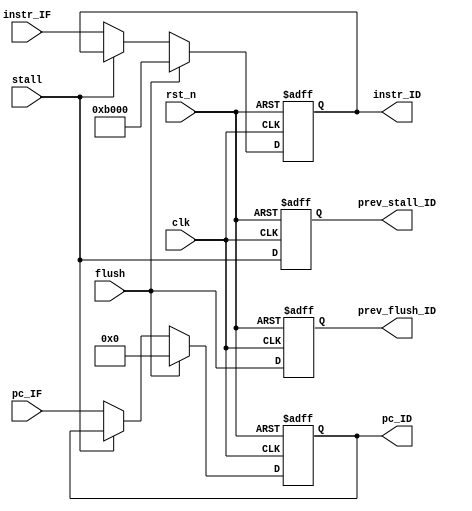
module IF_ID_FF(
	instr_ID, pc_ID, prev_flush_ID, prev_stall_ID, 
	instr_IF, pc_IF, stall, rst_n, clk, flush);

	// Inputs
	input wire [15:0] instr_IF, pc_IF;
	input wire stall, rst_n, clk, flush;	

	// Outputs
	output reg [15:0] instr_ID, pc_ID;
	output reg prev_flush_ID, prev_stall_ID;
	
	// Local wires
	wire [15:0] next_instr, next_pc;
	
	// Sequential Logic
	always@(posedge clk, negedge rst_n)begin
		if (~rst_n) begin
			instr_ID <= 16'hB000;
			pc_ID <= 16'h0000;
			prev_flush_ID <= 1'b0;
			prev_stall_ID <= 1'b0;
			//$display("%g Reset Happened.  If a branch was taken or global reset, then this is correct.  If the branch was not taken, then this is a glitch!!!", $time);
		end
		else begin
			instr_ID <= next_instr;
			pc_ID <= next_pc;
			prev_flush_ID <= flush;
			prev_stall_ID <= stall;
		end
	end
	
	// Combinational Logic
	assign next_instr = (flush) ? 	16'hB000 	:
						(stall) ? 	instr_ID 	: 
									instr_IF;

	assign next_pc = 	(flush) ? 	16'h0000 	:
						(stall) ? 	pc_ID 		: 
									pc_IF;

endmodule